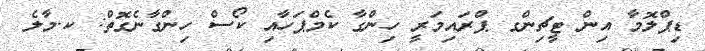
ޑިޕްލޮމާ އިން ޓީޗިންގ ޕްރައިމަރީ ހިންގާ ކެމްޕަހާއި ކޯސް ހިންގާނެގޮތް: ކ.މާލެ